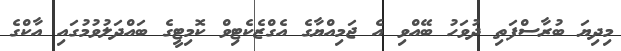
މިދިޔަ ބުރާސްފަތި ދުވަހު ބޭއްވި އެ ޖަމިއްޔާގެ އެގްޒެކެޓިވް ކޮމިޓީގެ ބައްދަލުވުމުގައި އާކްގެ